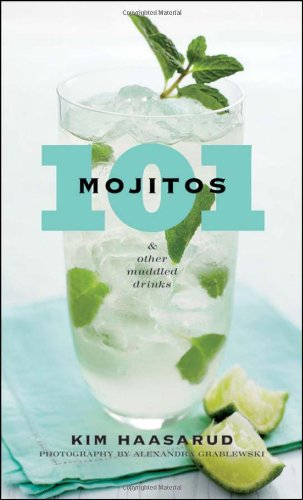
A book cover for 101 Mojitos and Other Muddled Drinks; Kim Haasarud; Cookbooks, Food & Wine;